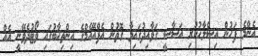
އެންމެ ފަހުން އިސްލާހުކުރި އަސާސީ ގަވާއިދުގައިވާ ގޮތުން އެފްއޭއެމްގެ އިންތިހާބުގައި ވޯޓުދެވޭނީ އެއް